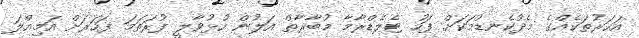
އަހަރުތަކެއްގެ މެދުކެނޑުމަކަށް ފަހު ޓެލެޑްރާމާ މުބާރާތް އަލުން ހުޅުވާލީ ފުރަތަމަ ފަހަރަށް އަމިއްލަ